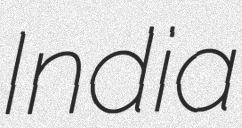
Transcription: India